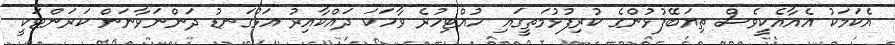
އެކަމަކު އެއާއެކީވެސް ތިޔަބޭފުޅުންގެ ކުރިފުޅުމަތީގައި ހުއްޓިހުރެ ވާހަކަ ދައްކާއިރު އަޅުގަނޑު ދަންނަވާނަން ކަރަންޓަކީ